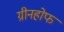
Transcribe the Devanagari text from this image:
ग्रीनहोफ